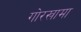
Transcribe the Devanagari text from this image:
गोरखामा